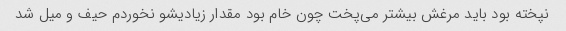
نپخته بود باید مرغش بیشتر می‌پخت چون خام بود مقدار زیادیشو نخوردم حیف و میل شد